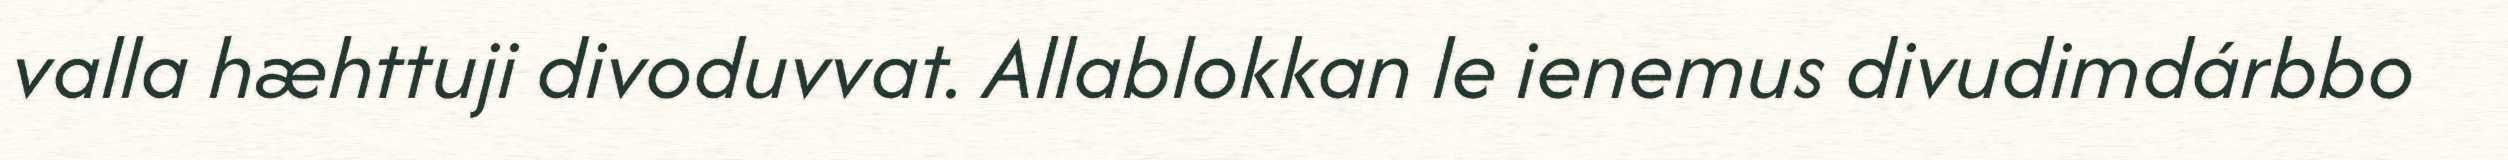
valla hæhttuji divoduvvat. Allablokkan le ienemus divudimdárbbo